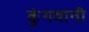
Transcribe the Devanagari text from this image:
कुंगवानी